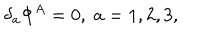
LaTeX: \delta _ { a } \Phi ^ { A } = 0 , \; a = 1 , 2 , 3 ,